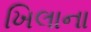
ખિલાના